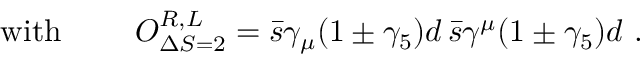
\mathrm { w i t h \ } \quad \quad O _ { \Delta S = 2 } ^ { R , L } = \bar { s } \gamma _ { \mu } ( 1 \pm \gamma _ { 5 } ) d \, \bar { s } \gamma ^ { \mu } ( 1 \pm \gamma _ { 5 } ) d \ .